画像に写った文字を読んでください
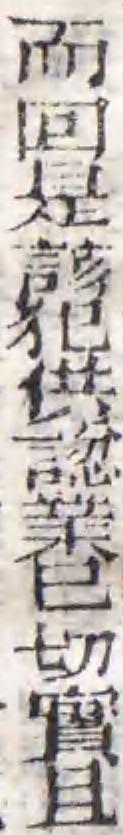
「而回是該犯供認業巳切實且」と書いてあります